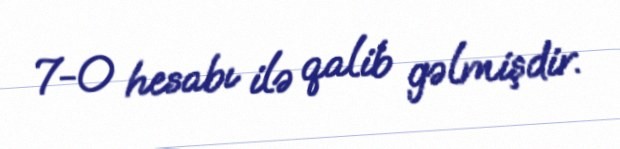
7-0 hesabı ilə qalib gəlmişdir.